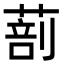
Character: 𦵿